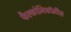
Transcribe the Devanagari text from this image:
फैल्कोनिफॉर्मीज़